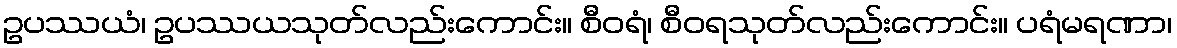
ဥပဿယံ၊ ဥပဿယသုတ်လည်းကောင်း။ စီဝရံ၊ စီဝရသုတ်လည်းကောင်း။ ပရံမရဏာ၊